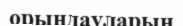
орындауларын